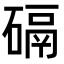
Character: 䃒